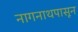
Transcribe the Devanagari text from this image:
नागनाथपासून